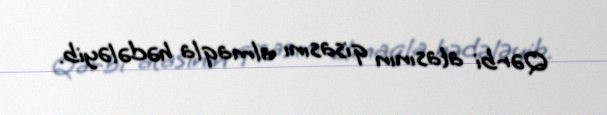
Qərbi atasının qisasını almaqla hədələyib.